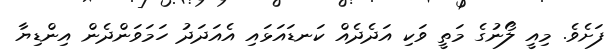
ފަށެވެ. މިއީ ލޯނުގެ މަތީ ވަކި އަދެދެއް ކަނޑައަޅައި އެއަދަދު ހަމަވަންދެން އިންޑިޔާ